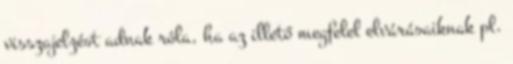
visszajelzést adnak róla, ha az illető megfelel elvárásaiknak pl.